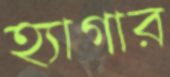
হ্যাগার